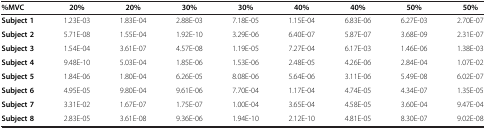
<table><thead><tr><td><b>%MVC</b></td><td><b>20%</b></td><td><b>20%</b></td><td><b>30%</b></td><td><b>30%</b></td><td><b>40%</b></td><td><b>40%</b></td><td><b>50%</b></td><td><b>50%</b></td></tr></thead><tbody><tr><td><b>Subject 1</b></td><td>1.23E-03</td><td>1.83E-04</td><td>2.88E-03</td><td>7.18E-05</td><td>1.15E-04</td><td>6.83E-06</td><td>6.27E-03</td><td>2.70E-07</td></tr><tr><td><b>Subject 2</b></td><td>5.71E-08</td><td>1.55E-04</td><td>1.92E-10</td><td>3.29E-06</td><td>6.40E-07</td><td>5.87E-07</td><td>3.68E-09</td><td>2.31E-07</td></tr><tr><td><b>Subject 3</b></td><td>1.54E-04</td><td>3.61E-07</td><td>4.57E-08</td><td>1.19E-05</td><td>7.27E-04</td><td>6.17E-03</td><td>1.46E-06</td><td>1.38E-03</td></tr><tr><td><b>Subject 4</b></td><td>9.48E-10</td><td>5.03E-04</td><td>1.85E-06</td><td>1.53E-06</td><td>2.48E-05</td><td>4.26E-06</td><td>2.84E-04</td><td>1.07E-02</td></tr><tr><td><b>Subject 5</b></td><td>1.84E-06</td><td>1.80E-04</td><td>6.26E-05</td><td>8.08E-06</td><td>5.64E-06</td><td>3.11E-06</td><td>5.49E-08</td><td>6.02E-07</td></tr><tr><td><b>Subject 6</b></td><td>4.95E-05</td><td>9.80E-04</td><td>9.61E-06</td><td>7.70E-04</td><td>1.17E-04</td><td>4.74E-05</td><td>4.34E-07</td><td>1.35E-05</td></tr><tr><td><b>Subject 7</b></td><td>3.31E-02</td><td>1.67E-07</td><td>1.75E-07</td><td>1.00E-04</td><td>3.65E-04</td><td>4.58E-05</td><td>3.60E-04</td><td>9.47E-04</td></tr><tr><td><b>Subject 8</b></td><td>2.83E-05</td><td>3.61E-08</td><td>9.36E-06</td><td>1.94E-10</td><td>2.12E-10</td><td>4.81E-05</td><td>8.30E-07</td><td>9.02E-08</td></tr></tbody></table>